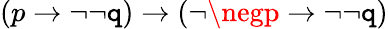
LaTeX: (p\to\neg\neg\mathtt{q})\to(\neg\negp\to\neg\neg\mathtt{q})